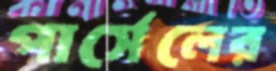
পার্সেলের